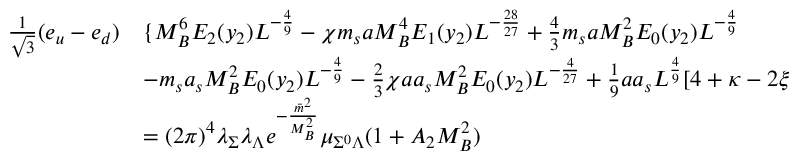
\begin{array} { l l } { { { \frac { 1 } { \sqrt { 3 } } } ( e _ { u } - e _ { d } ) } } & { { \{ M _ { B } ^ { 6 } E _ { 2 } ( y _ { 2 } ) L ^ { - \frac { 4 } { 9 } } - \chi m _ { s } a M _ { B } ^ { 4 } E _ { 1 } ( y _ { 2 } ) L ^ { - \frac { 2 8 } { 2 7 } } + { \frac { 4 } { 3 } } m _ { s } a M _ { B } ^ { 2 } E _ { 0 } ( y _ { 2 } ) L ^ { - \frac { 4 } { 9 } } } } \\ { { } } & { { - m _ { s } a _ { s } M _ { B } ^ { 2 } E _ { 0 } ( y _ { 2 } ) L ^ { - \frac { 4 } { 9 } } - { \frac { 2 } { 3 } } \chi a a _ { s } M _ { B } ^ { 2 } E _ { 0 } ( y _ { 2 } ) L ^ { - \frac { 4 } { 2 7 } } + { \frac { 1 } { 9 } } a a _ { s } L ^ { \frac { 4 } { 9 } } [ 4 + \kappa - 2 \xi + { \frac { 3 } { 4 } } \chi m _ { 0 } ^ { 2 } L ^ { - \frac { 1 0 } { 9 } } ] \} } } \\ { { } } & { { = ( 2 \pi ) ^ { 4 } \lambda _ { \Sigma } \lambda _ { \Lambda } e ^ { - \frac { { \bar { m } } ^ { 2 } } { M _ { B } ^ { 2 } } } \mu _ { \Sigma ^ { 0 } \Lambda } ( 1 + A _ { 2 } M _ { B } ^ { 2 } ) } } \end{array}